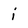
Character: i